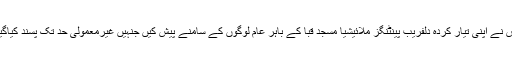
اس نے اپنی تیار کردہ دلفریب پینٹنگز ملائیشیا مسجد قبا کے باہر عام لوگوں کے سامنے پیش کیں جنہیں غیرمعمولی حد تک پسند کیاگیا۔